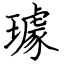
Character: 璩